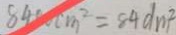
8 4 8 c m ^ { 2 } = 8 4 d m ^ { 2 }